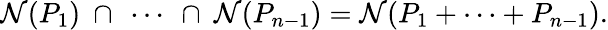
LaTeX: {\cal N}(P_{1})\ \cap\ \cdots\ \cap\ {\cal N}(P_{n-1})={\cal N}(P_{1}+\cdots+P_{n-1}).